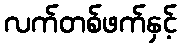
လက်တစ်ဖက်နှင့်